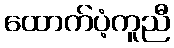
ထောက်ပံ့ကူညီ